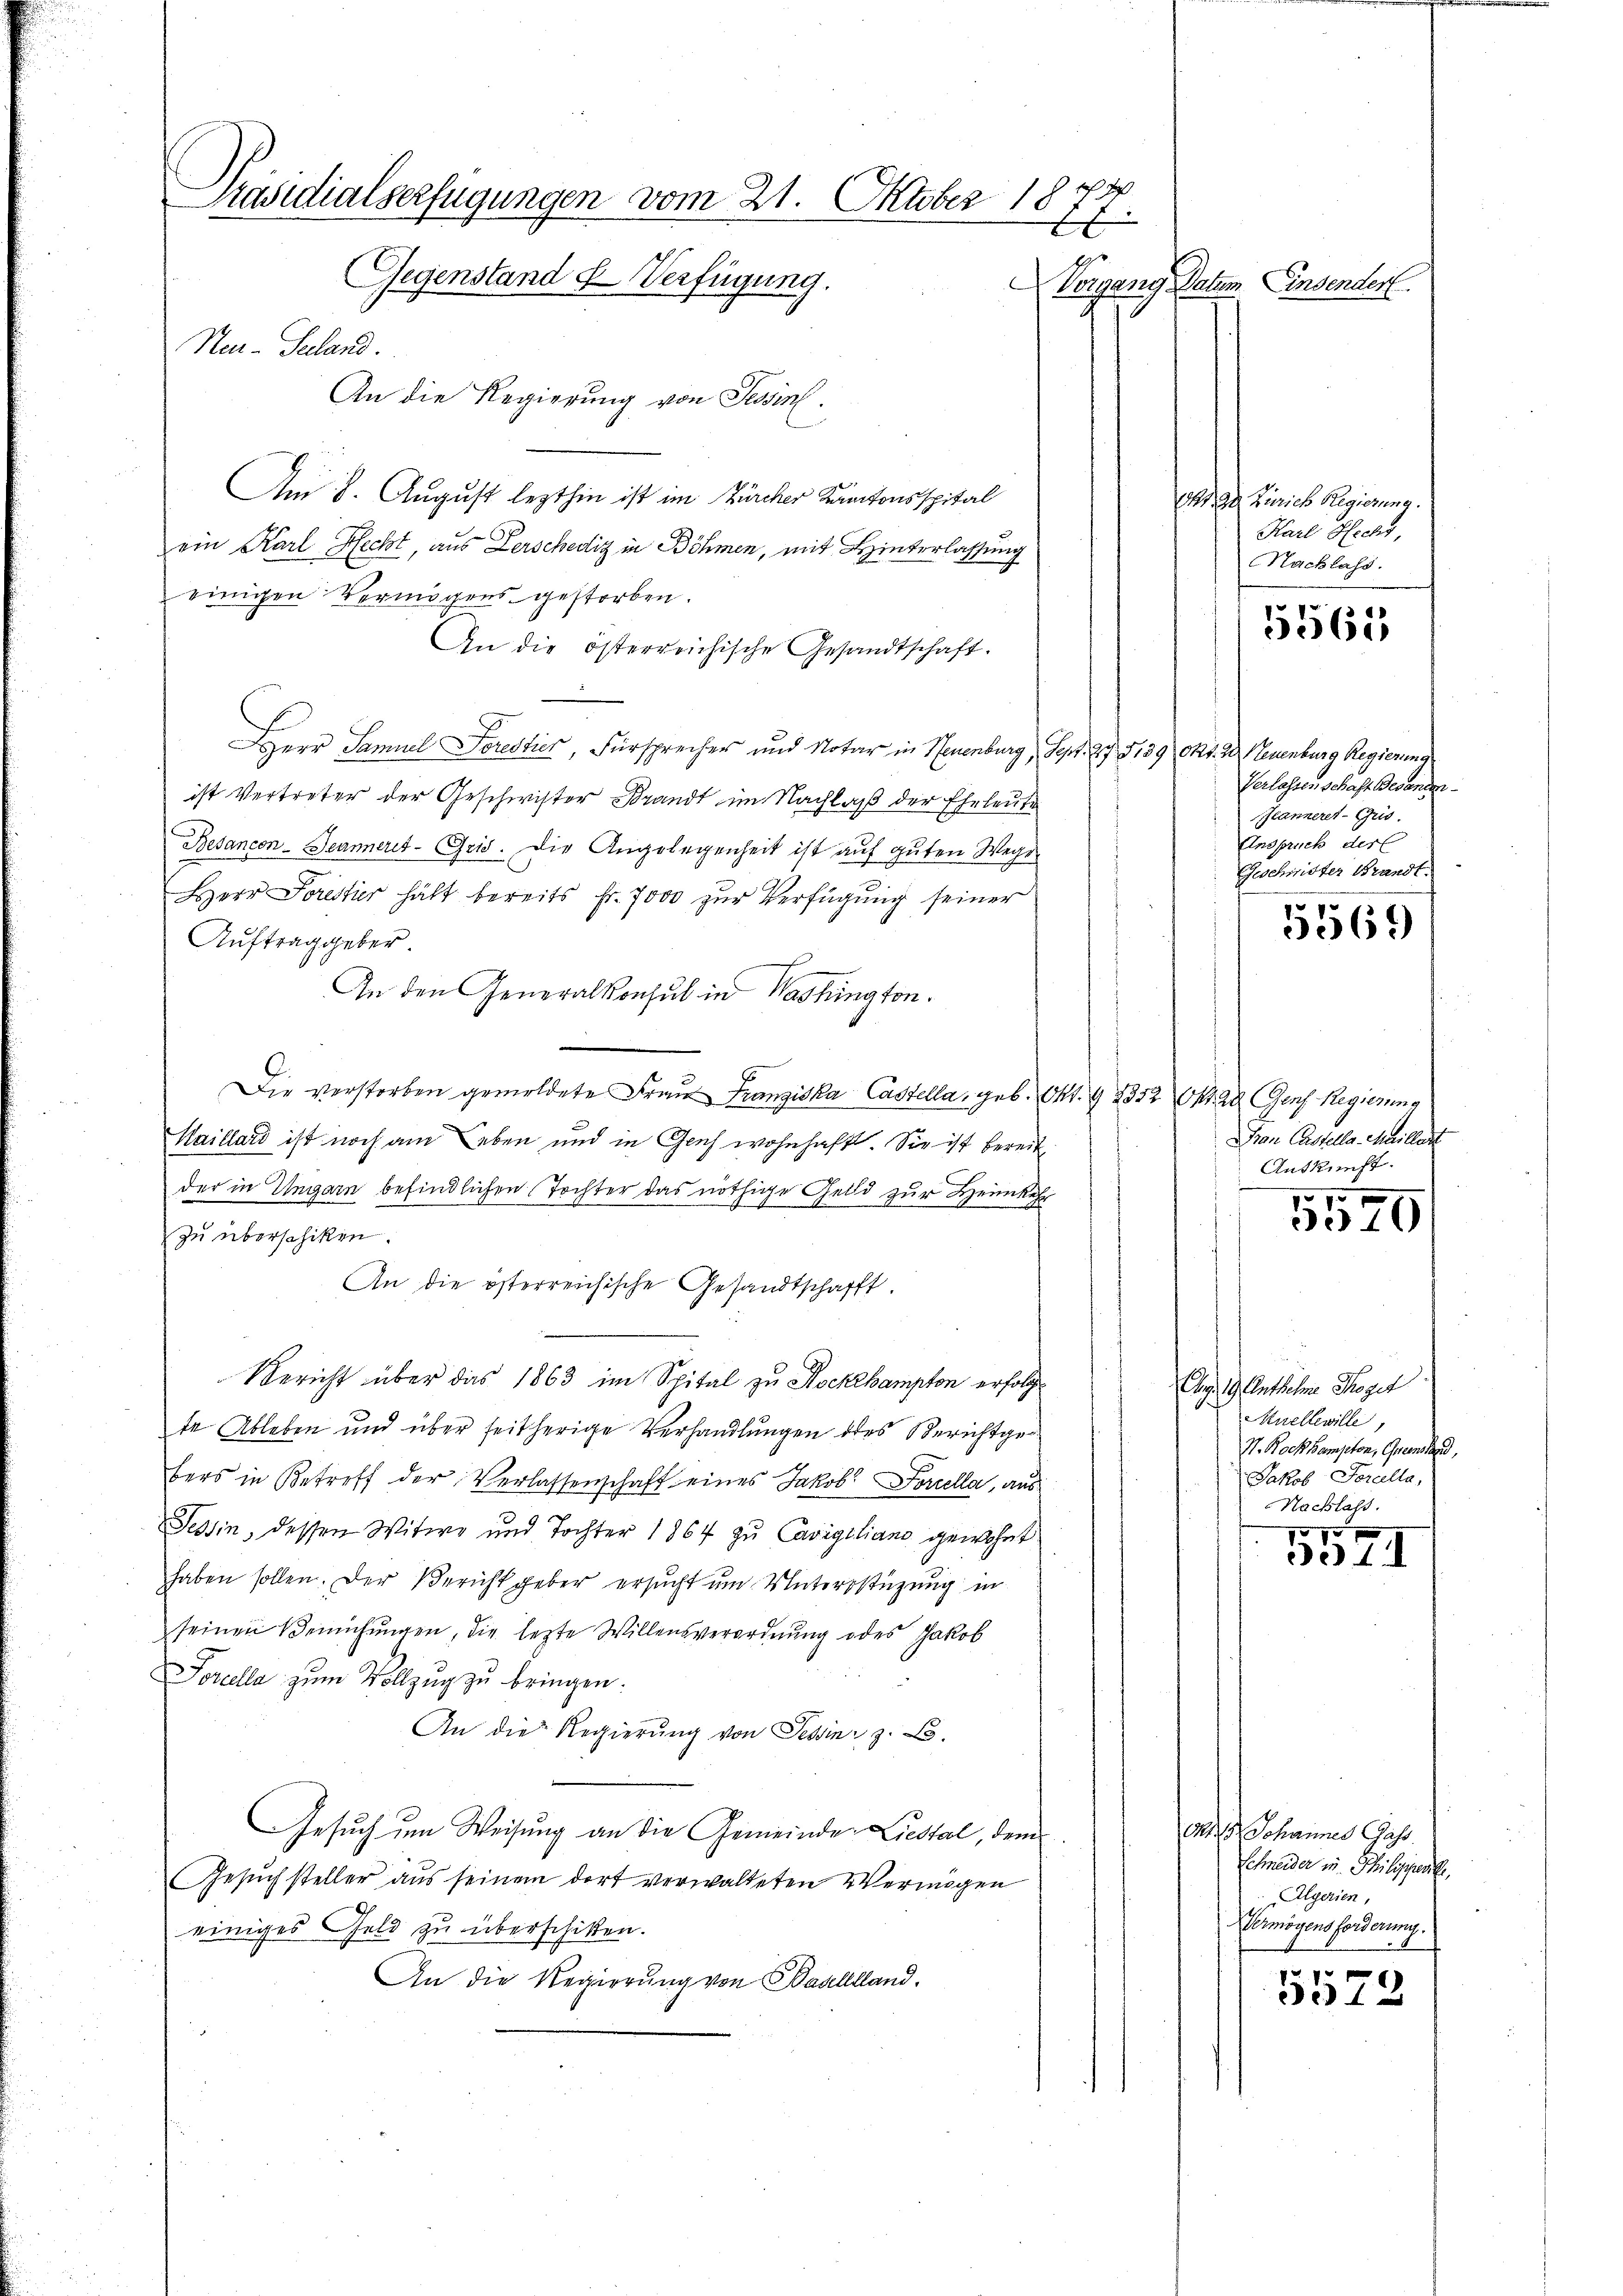
Präsidialserfügungen vom 21. Oktober 1874.
E
t
Gegenstand & Verfügung.

Ner-Suland.
An die Regierung von Tessin.
Am 8. August lezthin ist im Zürcher Kantonsspital
ein Karl Hecht, aus Zerschediz in Böhmen, mit Hinterlassung
einigen Vermögens gestorben.
An die österreichische Gesandtschaft.
Herr Samuel Fresher Fürsprecher und Notar in Neuenburg, S. 29. 5139 Okt. 23. Neuenburg Regierung
ist Vertreter der Geschwister Brandt im Nachlaß der Eheleute
Besancon-Jeanneres-Geid. Die Angelegenheit ist auf guten Wegen
Herr Forestir hält bereits Fr. 7000 zur Verfügung seiner
Auftrag geber.
An den Generalkonsul in Washington.
Die verstorben gemeldete Frau Franziska Castella, geb. Okt. G 1352 S. 28. Gens Regierung
Haillard ist noch am Leben und in Geich wohnhaft. Sie ist bereit
der in Ungarn befindlichen Tochter das nöthige Geld zur Heimkehr
zu überschiken.
An die österreichische Gesandtschafft.
Bericht über das 1863 im Spital zu Nockehampton erfolg
te Ableben und über seitherige Verhandlungen des Berichtge
bers in Betreff der Verlassenschaft eines Jakob Forcella, aus
Tessin, dessen Witwe und Tochter 1864 zu Cavigiliano gewohnt
haben sollen. Der Bericht geber ersucht um Unterstüzung in
seinen Bemühungen, die lezte Willensverordnung oder Jakob
Forella zum Vollzug zu bringen.
An die Regierung von Tessin, z. B.
Gesuch um Weisung an die Gemeinder Liestal, dem
Gesuchsteller aus seinem dort verwalteten Vermögen
einiges Geld zu überschikten.
An die Regierung von Baalllland.

Vorgang Datum Einsenden

Ohr 22. Zürich Regierung.
Karl Hecht,
Nachlass.

5561

Verlassenschaft Besanden
Jeanneret-Gris.
Anspruch der
Geschwister Brandt.

5569

Frau Castella Marillert
Auskunft.
7 x

e1)

Abg. 19. Anthelm Troger
Auellewille,
V. Rock kompeten, Grenstand,
Jakob Forella,
Nachlass.

2
5511

a.  Johannes Gass
Schneider in Philipperte
Algerien,
Hermögens forderung.

5572